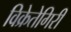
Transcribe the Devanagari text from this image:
विक्रेतेगिरी